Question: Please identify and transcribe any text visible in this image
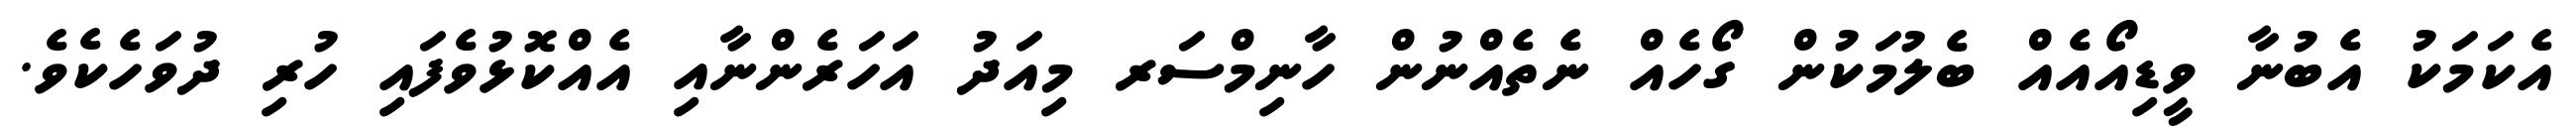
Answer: އެކަމަކު އެބުނާ ވީޑިއޯއެއް ބެލުމަކުން ގޯހެއް ނެތެއްނުން ހާނިމްސަރ މިއަދު އަހަރެންނާއި އެއްކޮޅުވެފައި ހުރި ދުވަހެކެވެ.